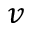
v